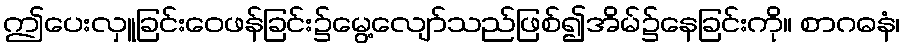
ဤပေးလှူခြင်းဝေဖန်ခြင်း၌မွေ့လျော်သည်ဖြစ်၍အိမ်၌နေခြင်းကို။ စာဂဓနံ၊